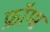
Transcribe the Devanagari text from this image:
फ्रॉग्स